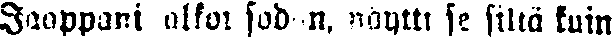
Jaappani alkoi sodan, näytti se siltä kuin